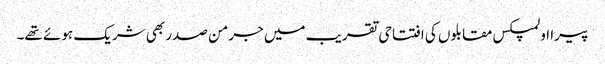
پیرا اولمپکس مقابلوں کی افتتاحی تقریب میں جرمن صدر بھی شریک ہوئے تھے۔